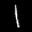
Label: 1